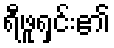
ရီဖူရှင်း၏